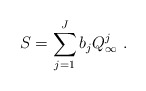
\begin{align*}S = \sum\limits_{j = 1}^J {{b_j}Q_\infty ^j}\ .\end{align*}